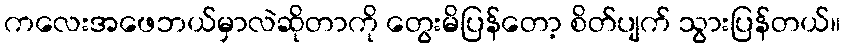
ကလေးအဖေဘယ်မှာလဲဆိုတာကို တွေးမိပြန်တော့ စိတ်ပျက် သွားပြန်တယ်။